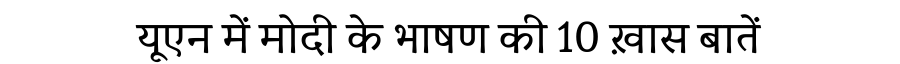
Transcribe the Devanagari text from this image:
यूएन में मोदी के भाषण की 10 ख़ास बातें